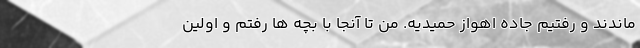
ماندند و رفتیم جاده اهواز حمیدیه. من تا آنجا با بچه ها رفتم و اولین